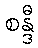
စန္ဒီ